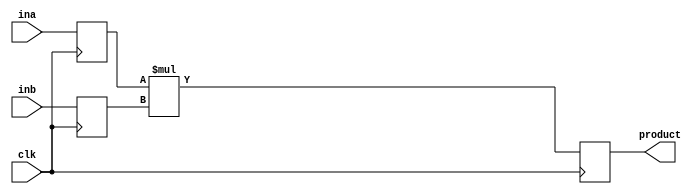
`timescale 1ns / 1ps
//////////////////////////////////////////////////////////////////////////////////
// Company: 
// Engineer: 
// 
// Design Name: 
// Module Name:    mult 
// Project Name: 
// Target Devices: 
// Tool versions: 
// Description: 
//
// Dependencies: 
//
// Revision: 
// Revision 0.01 - File Created
// Additional Comments: 
//
//////////////////////////////////////////////////////////////////////////////////
module mult(clk, ina, inb, product);
	parameter SIZE_A = 16;
	parameter SIZE_B = 8;
	parameter PIPE_LEVEL = 1; //output reg is not included
	
	input clk;
	input signed[SIZE_A-1:0] ina;
	input signed[SIZE_B-1:0] inb;
	output signed[SIZE_A+SIZE_B-1:0] product;
	
	reg signed[SIZE_A-1:0] a;
	reg signed[SIZE_B-1:0] b;
	
	reg signed[SIZE_A+SIZE_B-1:0] partial[PIPE_LEVEL-1:0];
	
	integer i;
	always @(posedge clk)
	begin
	  a <= ina;
	  b <= inb;
	end
	
	always @(posedge clk)
	  partial[0] <= a * b;
	
	always @(posedge clk)
	for (i = 1;i < PIPE_LEVEL; i=i+1)
	  partial[i] <= partial[i-1];
	
	assign product = partial[PIPE_LEVEL-1];
endmodule


module adder(op, ina, inb, res);
parameter SIZE_A = 16;
parameter SIZE_B = 16;
parameter SIZE_O = 17;

input op;
input signed[SIZE_A-1:0] ina;
input signed[SIZE_B-1:0] inb;
output reg signed[SIZE_O-1:0] res;


always @(ina or inb or op)
begin
if (op==1'b0) res = ina + inb;
else res = ina - inb;
end

endmodule